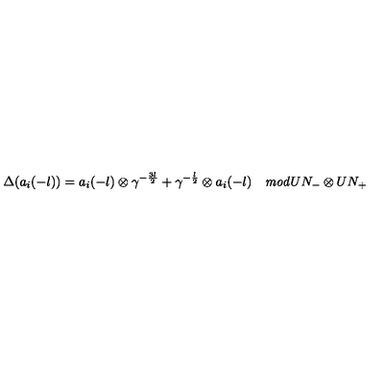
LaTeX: \Delta ( a _ { i } ( - l ) ) = a _ { i } ( - l ) \otimes \gamma ^ { - \frac { 3 l } { 2 } } + \gamma ^ { - \frac { l } { 2 } } \otimes a _ { i } ( - l ) \quad { \it m o d } U N _ { - } \otimes U N _ { + }